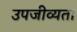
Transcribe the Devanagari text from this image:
उपजीव्यता